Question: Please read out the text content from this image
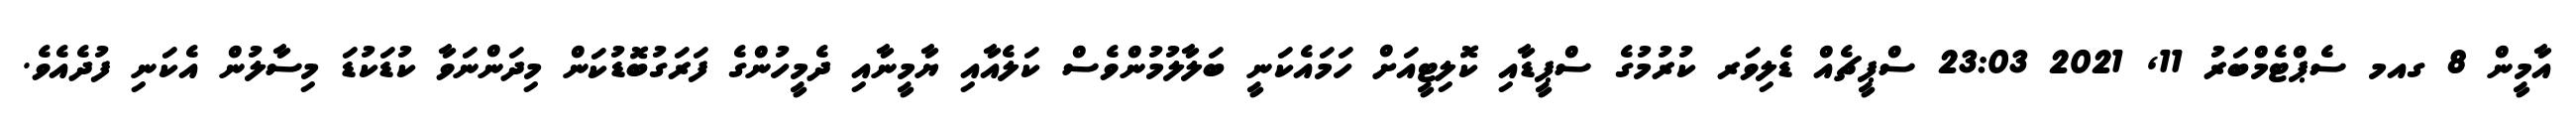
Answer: އާމީން 8 ގއމ ސެޕްޓެމްބަރު 11, 2021 23:03 ސްޕީޗެއް ޑެލިވަރ ކުރުމުގެ ސްޕީޑާއި ކޮލިޓީއަށް ހަމައެކަނީ ބަލާލުމުންވެސް ކަލެއާއި ޔާމީނާއި ދެމީހުންގެ ފަރަގުބޮޑުކަން މިދަންނަވާ ކުޑަކުޑަ މިސާލުން އެކަނި ފުދެއެވެ.